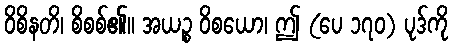
ဝိစိနတိ၊ စိစစ်၏။ အယဉ္စ ဝိစယော၊ ဤ (ပေ ၁၇၀) ပုဒ်ကို